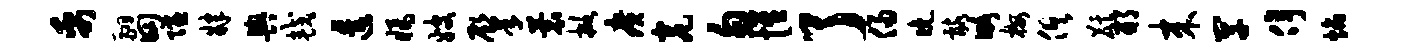
禹翮田隰肄舆较透橘嫂肇蓑掀广瓮勿惟了侵晚髂略梅俱麒邢来罕停焰